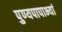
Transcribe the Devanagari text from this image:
पुण्यपापाभ्यां